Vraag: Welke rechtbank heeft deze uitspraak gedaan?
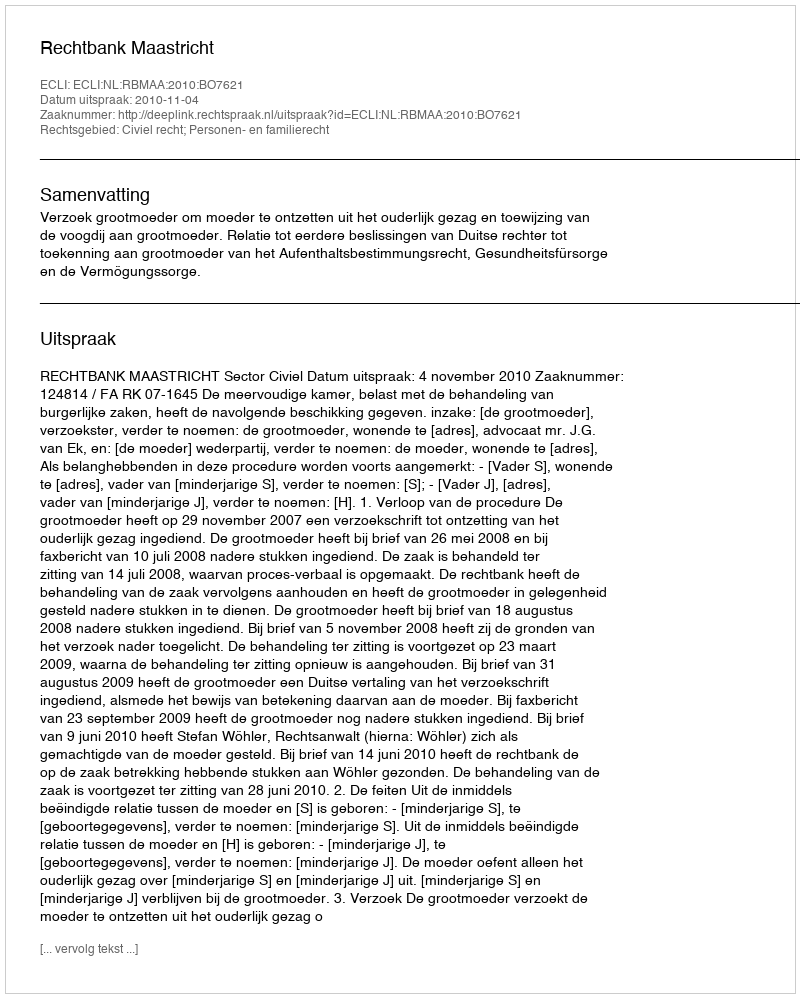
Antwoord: Rechtbank Maastricht